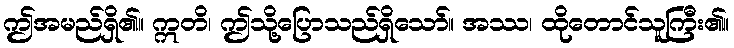
ဤအမည်ရှိ၏။ ဣတိ၊ ဤသို့ပြောသည်ရှိသော်။ အဿ၊ ထိုတောင်သူကြီး၏။